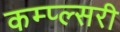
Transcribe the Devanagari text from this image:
कम्प्ल्सरी